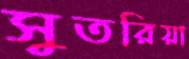
সুতরিয়া